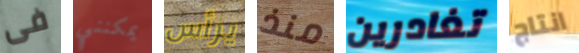
فى يمكنني يرأس منذ تغادرين انتاج